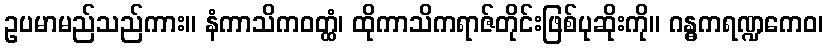
ဥပမာမည်သည်ကား။ နံကာသိကဝတ္ထံ၊ ထိုကာသိကရာဇ်တိုင်းဖြစ်ပုဆိုးကို။ ဂန္ဓကရဏ္ဍကေဝ၊